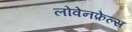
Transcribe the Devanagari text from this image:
लोवेनफ़ेल्स